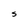
Character: 5